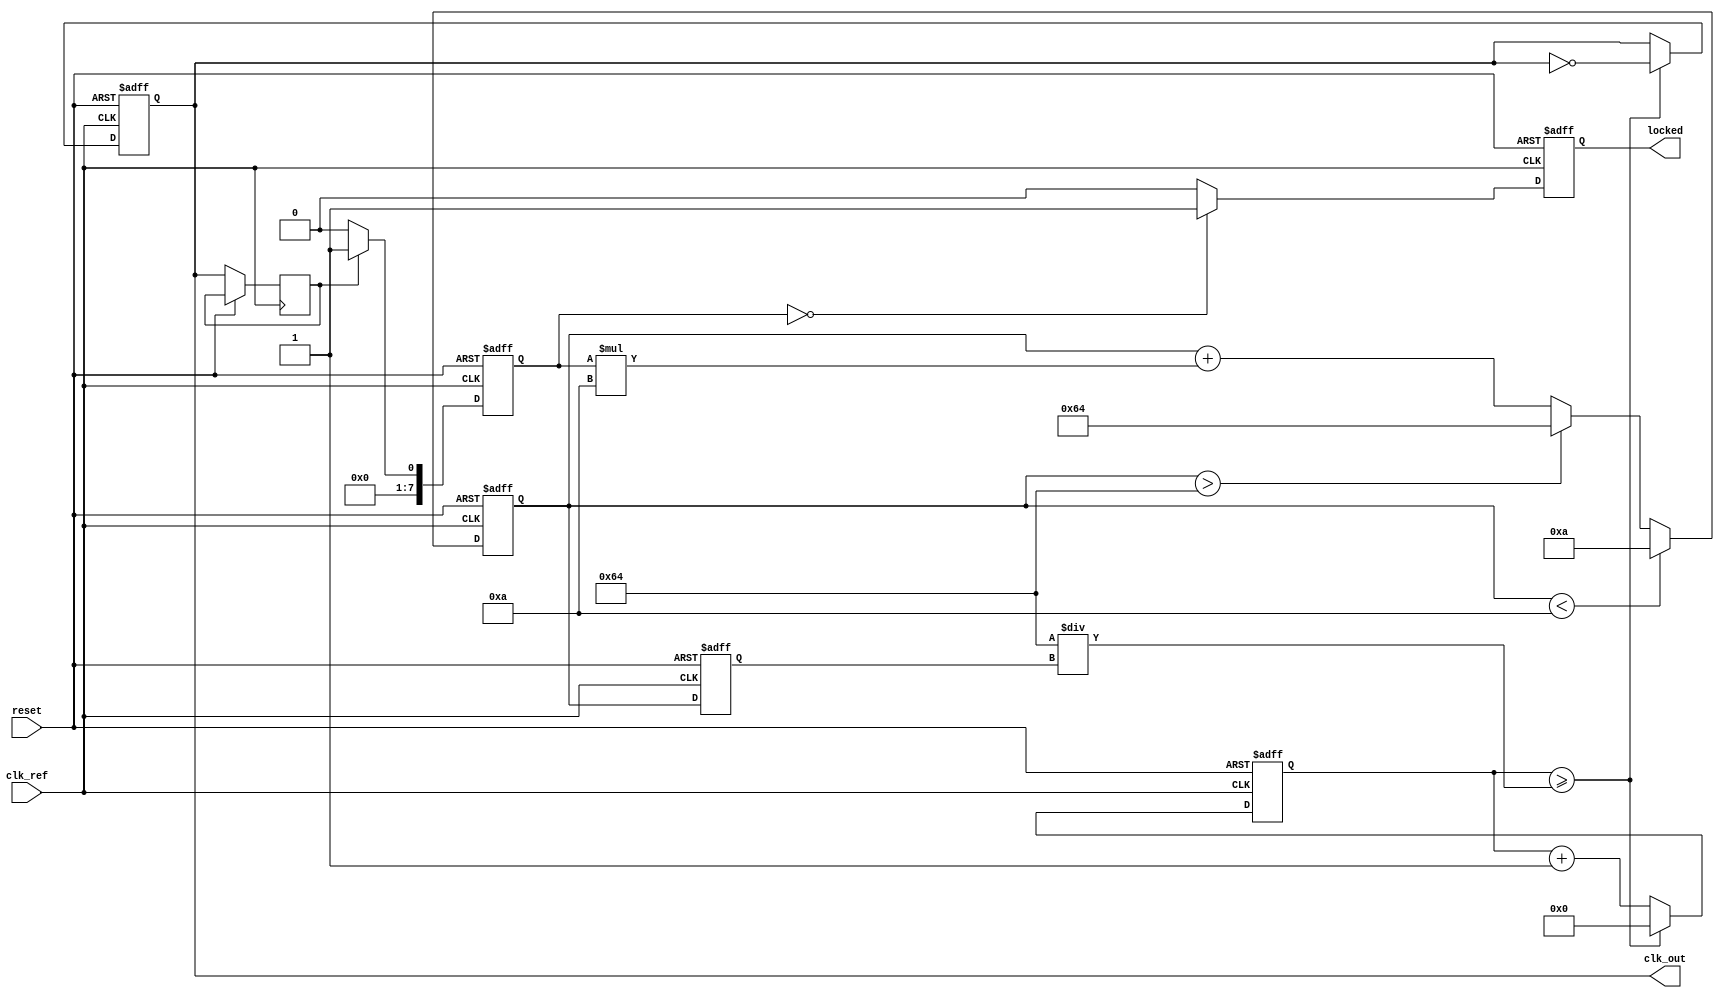
module pll_type2 (
    input wire clk_ref,              // Reference clock input
    input wire reset,                // Asynchronous reset
    output reg clk_out,              // Output clock
    output reg locked                // Lock indicator
);

    // Parameters for VCO and Loop Filter
    parameter VCO_MAX_FREQ = 100;    // Maximum VCO frequency
    parameter VCO_MIN_FREQ = 10;      // Minimum VCO frequency
    parameter LOOP_FILTER_GAIN = 10;  // Loop filter gain
    parameter PHASE_DETECTOR_GAIN = 1; // Phase detector gain

    // Internal signals
    reg [7:0] phase_error;            // Phase error signal
    reg [7:0] control_voltage;         // Control voltage for VCO
    reg [7:0] vco_frequency;           // VCO frequency
    reg [31:0] counter;                // Clock divider counter
    reg feedback;                      // Feedback signal from output clock

    // Phase Detector
    always @(posedge clk_ref or posedge reset) begin
        if (reset) begin
            phase_error <= 0;
        end else begin
            // Simple phase detector logic
            // Compare reference clock with feedback signal
            phase_error <= (feedback ? PHASE_DETECTOR_GAIN : 0);
        end
    end

    // Loop Filter (First-order)
    always @(posedge clk_ref or posedge reset) begin
        if (reset) begin
            control_voltage <= 0;
        end else begin
            control_voltage <= control_voltage + (phase_error * LOOP_FILTER_GAIN);
            // Clamp control voltage to VCO range
            if (control_voltage > VCO_MAX_FREQ) control_voltage <= VCO_MAX_FREQ;
            if (control_voltage < VCO_MIN_FREQ) control_voltage <= VCO_MIN_FREQ;
        end
    end

    // Voltage-Controlled Oscillator (VCO)
    always @(posedge clk_ref or posedge reset) begin
        if (reset) begin
            vco_frequency <= VCO_MIN_FREQ;
            clk_out <= 0;
            locked <= 0;
            counter <= 0;
        end else begin
            // Update VCO frequency based on control voltage
            vco_frequency <= control_voltage;

            // Generate output clock signal based on VCO frequency
            counter <= counter + 1;
            if (counter >= (100 / vco_frequency)) begin
                clk_out <= ~clk_out; // Toggle output clock
                counter <= 0;
            end

            // Lock detection (simple example)
            if (phase_error == 0) begin
                locked <= 1; // PLL is locked
            end else begin
                locked <= 0; // PLL is not locked
            end
            
            // Feedback signal (for phase comparison)
            feedback <= clk_out; // Feedback from output clock
        end
    end

endmodule